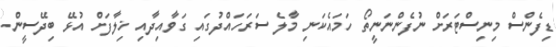
ޑިފެންސް މިނިސްޓަރަށް ނުފެންނަނީތޯ ހަމައެކަނި މާލެ ސަރަހައްދުގައި ގަވާއިދާއި ޚިލާފަށް އުޅޭ ބިދޭސީން.